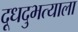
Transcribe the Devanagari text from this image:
दूधदुभत्याला